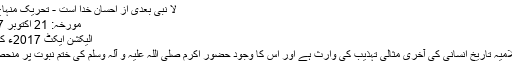
لا نبی بعدی از احسان خدا است - تحریک منہاج القرآن
مورخہ: 21 اکتوبر 2017ء
الیکشن ایکٹ 2017ء کا تجزیہ
ملت اسلامیہ تاریخ انسانی کی آخری مثالی تہذیب کی وارث ہے اور اس کا وجود حضور اکرم صلی اللہ علیہ و آلہ وسلم کی ختم نبوت پر منحصر ہے۔